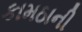
કામઠાની